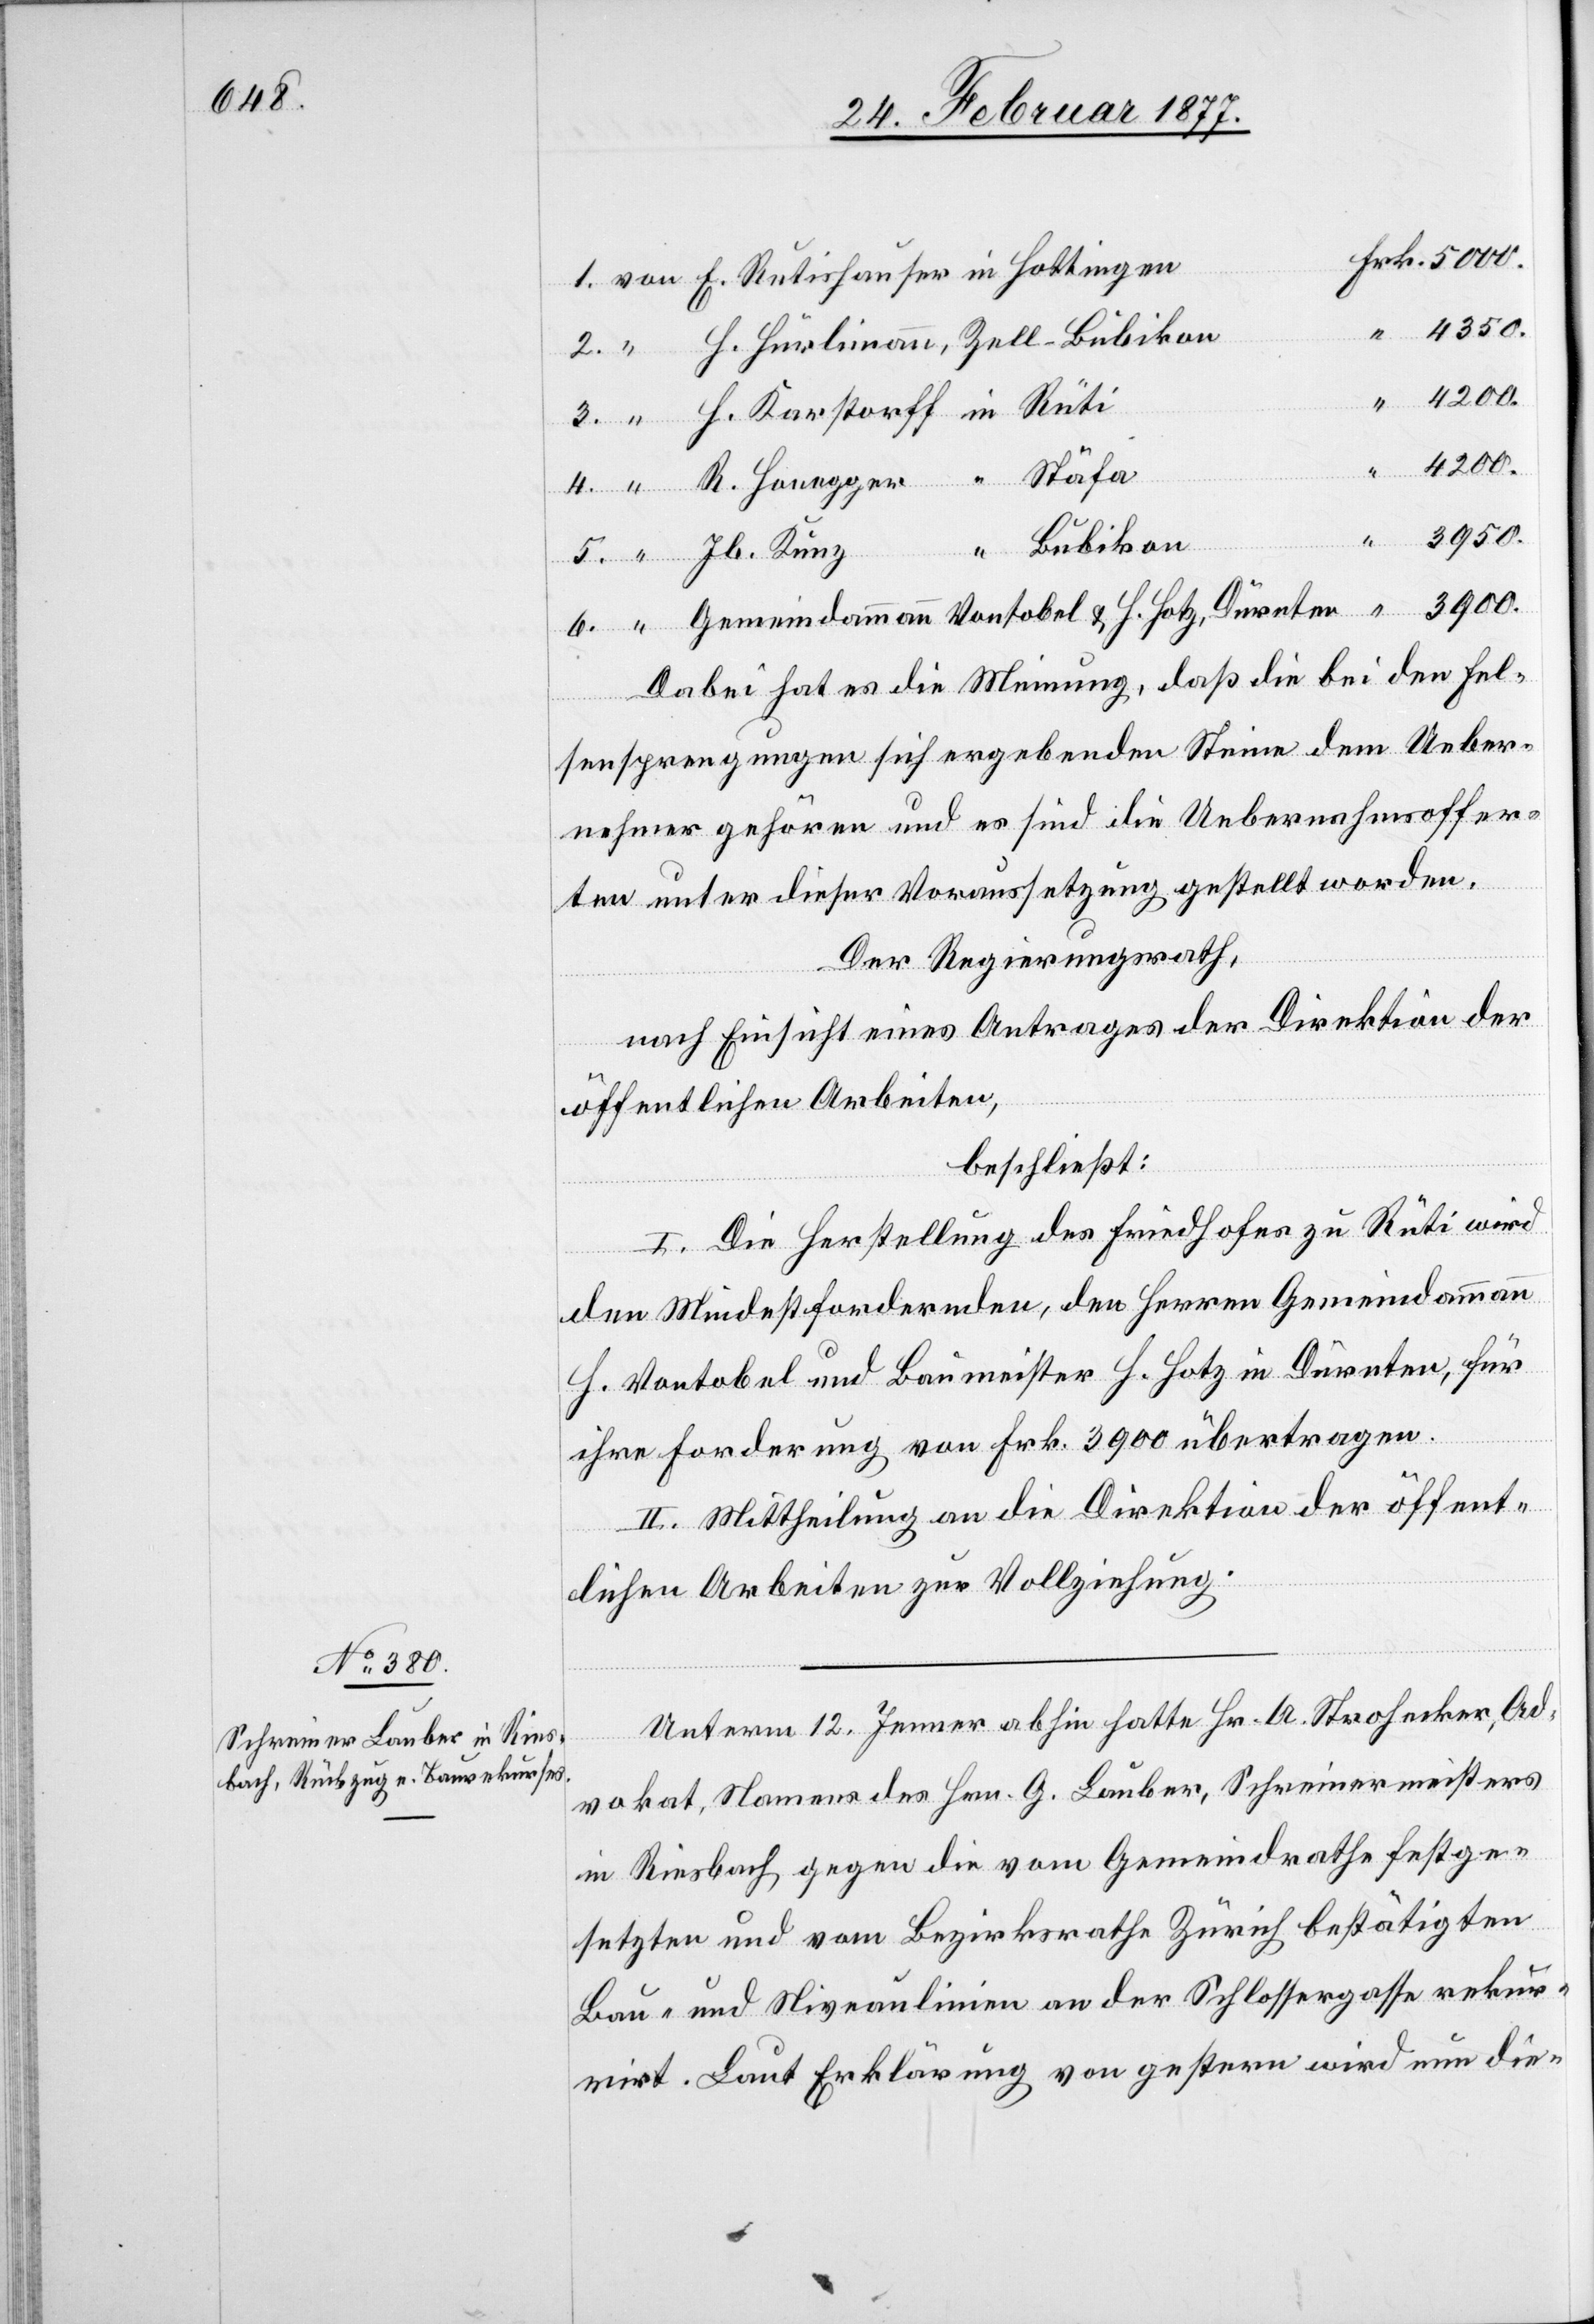
6.
4200.
3950.
Kunz
Bubikon
Honegger
3900.
Gemeindammann Vontobel & H. Hotz, Dürnten
Dabei hat es die Meinung, daß die bei den Fel¬
sensprengungen sich ergebenden Steine dem Ueber¬
nehmer gehören und es sind die Uebernahmsoffer¬
ten unter dieser Voraussetzung gestellt worden.
Der Regierungsrath,
nach Einsicht eines Antrages der Direktion der
öffentlichen Arbeiten,
beschließt:
I. Die Herstellung des Friedhofes zu Rüti wird
den Mindestfordernden, den Herren Gemeindammann
H. Vontobel und Baumeister H. Hotz in Dürnten, für
ihre Forderung von Frk. 3900 übertragen.
II. Mittheilung an die Direktion der öffent¬
lichen Arbeiten zur Vollziehung.
Unterm 12. Jenner abhin hatte Hr. A. Strohecker, Ad¬
vokat, Namens des Hrn. G. Lauber, Schreinermeisters
in Riesbach, gegen die vom Gemeindrathe festge¬
setzten und vom Bezirksrathe Zürich bestätigten
Bau- und Niveaulinien an der Schlossergasse rekur¬
rirt. Laut Erklärung von gestern wird nun die-